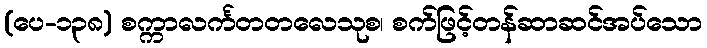
(ပေ-၁၃၈) စက္ကာလင်္ကတတလေသုစ၊ စက်ဖြင့်တန်ဆာဆင်အပ်သော